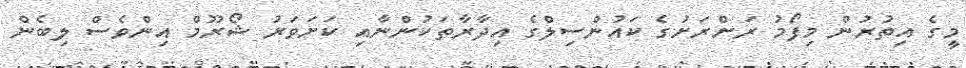
މީގެ އިތުރުން މިފޯމު ރަށްރަށުގެ ކައުންސިލްގެ އިދާރާތަކުންނާއި ކަށަވަރު ޝޯރޫމް އިންވެސް ލިބެން